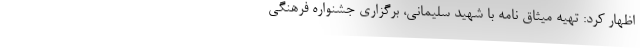
اظهار کرد: تهیه میثاق نامه با شهید سلیمانی، برگزاری جشنواره فرهنگی